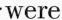
were